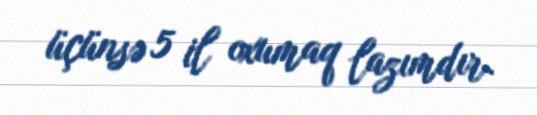
üçünsə 5 il oxumaq lazımdır.